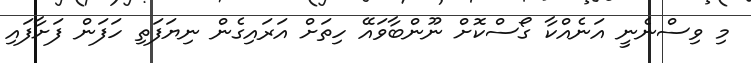
މި ވިސްނެނީ އަނެއްކާ ގޯސްކޮށް ނޫންބާވައޭ ހިތަށް އަރައިގެން ނިޔަފަތި ހަފަން ފަށާފައި